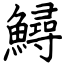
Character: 鱘